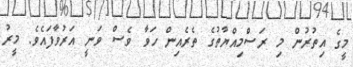
މީގެ އިތުރުން މި ރަސްމިއްޔާތުގެ ތެރެއިން ހަވާ ވެސް ވަނީ އަރުވާފައެވެ. މީރު